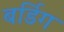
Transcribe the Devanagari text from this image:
बर्डिग